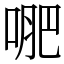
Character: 𭈙